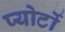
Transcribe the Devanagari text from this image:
प्योर्टो